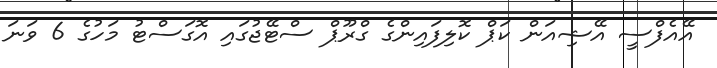
އޭއެފްސީ އޭޝިއަން ކަޕް ކޮލިފައިންގެ ގްރޫޕް ސްޓޭޖުގައި އޮގަސްޓު މަހުގެ 6 ވަނަ